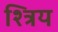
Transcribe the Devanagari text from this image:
श्त्रिय